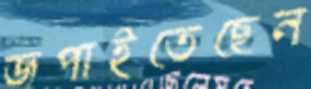
জপাইতেছেন